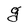
Character: g